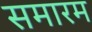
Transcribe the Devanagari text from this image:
समारम